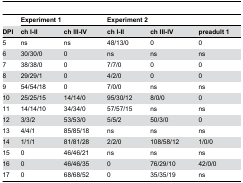
|  | <COLSPAN=2> Experiment 1 | <COLSPAN=3> Experiment 2 |
 | DPI | ch I-II | ch III-IV | ch I-II | ch III-IV | preadult 1 |
 | --- | --- | --- | --- | --- | --- |
 | 5 | ns | ns | 48/13/0 | 0 | 0 |
 | 6 | 30/30/0 | 0 | ns | ns | ns |
 | 7 | 38/38/0 | 0 | 7/7/0 | 0 | 0 |
 | 8 | 29/29/1 | 0 | 4/2/0 | 0 | 0 |
 | 9 | 54/54/18 | 0 | 7/0/0 | ns | ns |
 | 10 | 25/25/15 | 14/14/0 | 95/30/12 | 8/0/0 | 0 |
 | 11 | 14/14/10 | 34/34/0 | 57/57/15 | ns | ns |
 | 12 | 3/3/2 | 53/53/0 | 5/5/2 | 50/3/0 | 0 |
 | 13 | 4/4/1 | 85/85/18 | ns | ns | ns |
 | 14 | 1/1/1 | 81/81/28 | 2/2/0 | 108/58/12 | 1/0/0 |
 | 15 | 0 | 46/46/21 | ns | ns | ns |
 | 16 | 0 | 46/46/35 | 0 | 76/29/10 | 42/0/0 |
 | 17 | 0 | 68/68/52 | 0 | 35/35/19 | ns |